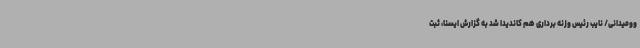
وومیدانی/ نایب رئیس وزنه برداری هم کاندیدا شد به گزارش ایسنا، ثبت